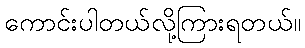
ကောင်းပါတယ်လို့ကြားရတယ်။